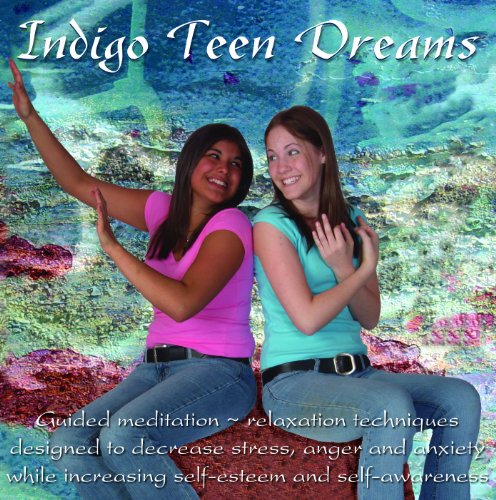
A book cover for Indigo Teen Dreams: Guided Relaxation Techniques Designed to Decrease Stress, Anger and Anxiety while Increasing Self-esteem and Self-awareness (Indigo Dreams); Teen & Young Adult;